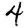
Digit: 4